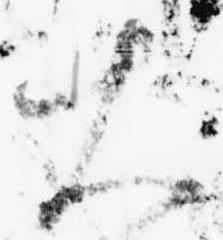
大